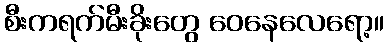
စီးကရက်မီးခိုးတွေ ဝေနေလေရော့။